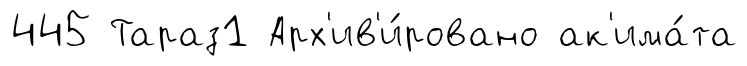
445 Тараз1 Арх'ив'и́ровано ак'има́та